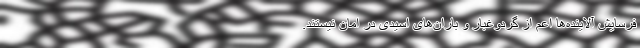
فرسایش آلاینده‌ها اعم از گردوغبار و باران‌های اسیدی در امان نیستند.